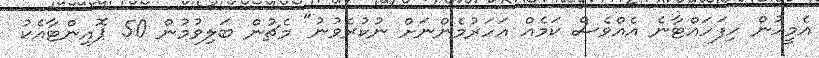
އެމީހުން ހިފަހައްޓާނެ އެއްވެސް ކަމެއް އަހަރުމެންނަށް ނުކުރެވުނު" މެޗުން ބަލިވުމުން 50 ޕޮއިންޓާއެކު